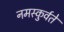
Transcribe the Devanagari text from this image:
नमस्कुर्वते